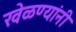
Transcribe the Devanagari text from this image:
खेळण्यांनी